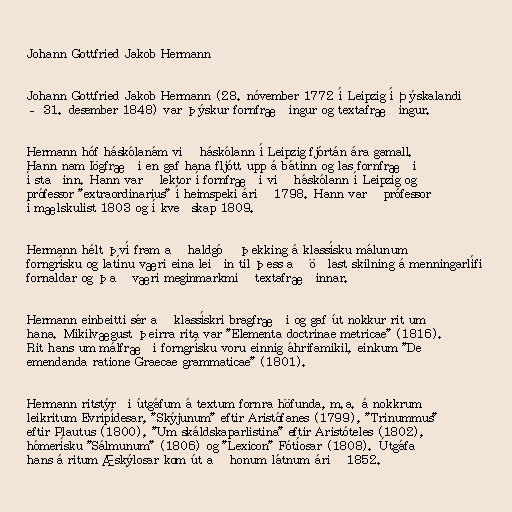
Johann Gottfried Jakob Hermann

Johann Gottfried Jakob Hermann (28. nóvember 1772 í Leipzig í Þýskalandi
– 31. desember 1848) var þýskur fornfræðingur og textafræðingur.

Hermann hóf háskólanám við háskólann í Leipzig fjórtán ára gamall.
Hann nam lögfræði en gaf hana fljótt upp á bátinn og las fornfræði
í staðinn. Hann varð lektor í fornfræði við háskólann í Leipzig og
prófessor "extraordinarius" í heimspeki árið 1798. Hann varð prófessor
í mælskulist 1803 og í kveðskap 1809.

Hermann hélt því fram að haldgóð þekking á klassísku málunum
forngrísku og latínu væri eina leiðin til þess að öðlast skilning á menningarlífi
fornaldar og það væri meginmarkmið textafræðinnar.

Hermann einbeitti sér að klassískri bragfræði og gaf út nokkur rit um
hana. Mikilvægust þeirra rita var "Elementa doctrinae metricae" (1816).
Rit hans um málfræði forngrísku voru einnig áhrifamikil, einkum "De
emendanda ratione Graecae grammaticae" (1801).

Hermann ritstýrði útgáfum á textum fornra höfunda, m.a. á nokkrum
leikritum Evripídesar, "Skýjunum" eftir Aristófanes (1799), "Trinummus"
eftir Plautus (1800), "Um skáldskaparlistina" eftir Aristóteles (1802),
hómerísku "Sálmunum" (1806) og "Lexicon" Fótíosar (1808). Útgáfa
hans á ritum Æskýlosar kom út að honum látnum árið 1852.